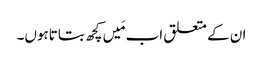
ان کے متعلق اب مَیں کچھ بتاتاہوں۔